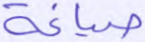
صياغة